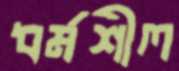
ধর্মশীল